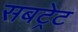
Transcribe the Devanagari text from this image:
सबट्रेट